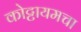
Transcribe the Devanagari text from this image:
कोट्टायमचा